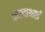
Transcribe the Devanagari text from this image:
कालाभाई